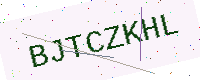
Text: BJTCZKHL